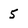
Character: 5